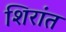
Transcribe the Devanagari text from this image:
शिरांत